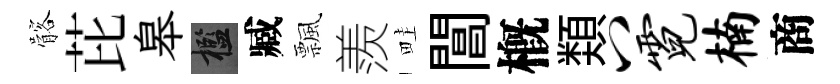
髂芘皋檻臧飄羨畦閶槪𩔖八霓楠商